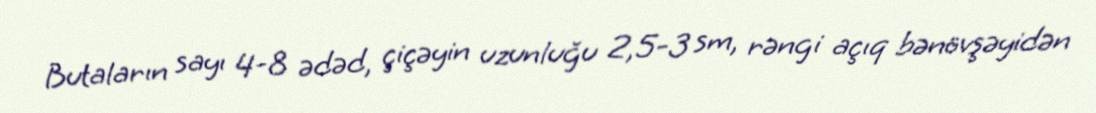
Butaların sayı 4-8 ədəd, çiçəyin uzunluğu 2,5-3 sm, rəngi açıq bənövşəyidən